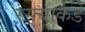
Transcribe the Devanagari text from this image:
रस्त्याकडे